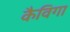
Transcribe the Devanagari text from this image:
कैविगा